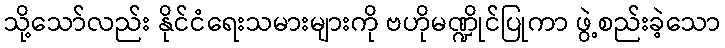
သို့သော်လည်း နိုင်ငံရေးသမားများကို ဗဟိုမဏ္ဍိုင်ပြုကာ ဖွဲ့စည်းခဲ့သော